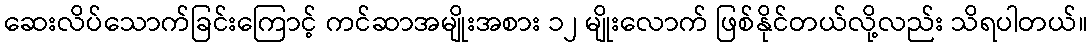
ဆေးလိပ်သောက်ခြင်းကြောင့် ကင်ဆာအမျိုးအစား ၁၂ မျိုးလောက် ဖြစ်နိုင်တယ်လို့လည်း သိရပါတယ်။